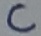
Text: C